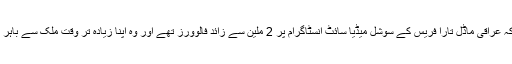
واضح رہے کہ عراقی ماڈل تارا فریس کے سوشل میڈیا سائٹ انسٹاگرام پر 2 ملین سے زائد فالوورز تھے اور وہ اپنا زیادہ تر وقت ملک سے باہر گزارتی تھیں۔